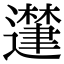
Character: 𮟘